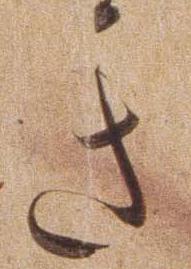
き